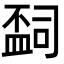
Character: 𬐩